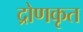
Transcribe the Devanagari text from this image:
द्रोणकृत